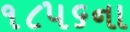
૧૮૫૬ના